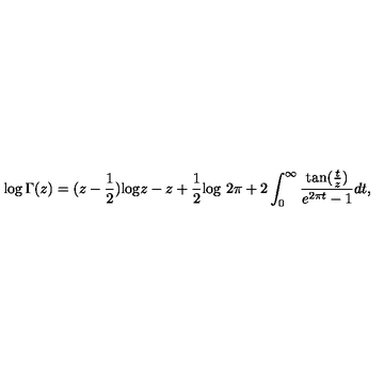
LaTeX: \log \Gamma ( z ) = ( z - { \frac { 1 } { 2 } } ) \mathrm { l o g } z - z + { \frac { 1 } { 2 } } \mathrm { l o g \ } 2 \pi + 2 \int _ { 0 } ^ { \infty } { \frac { \mathrm { t a n } ( { \frac { t } { z } } ) } { e ^ { 2 \pi t } - 1 } } d t ,